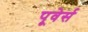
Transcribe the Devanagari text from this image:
पूवेर्स